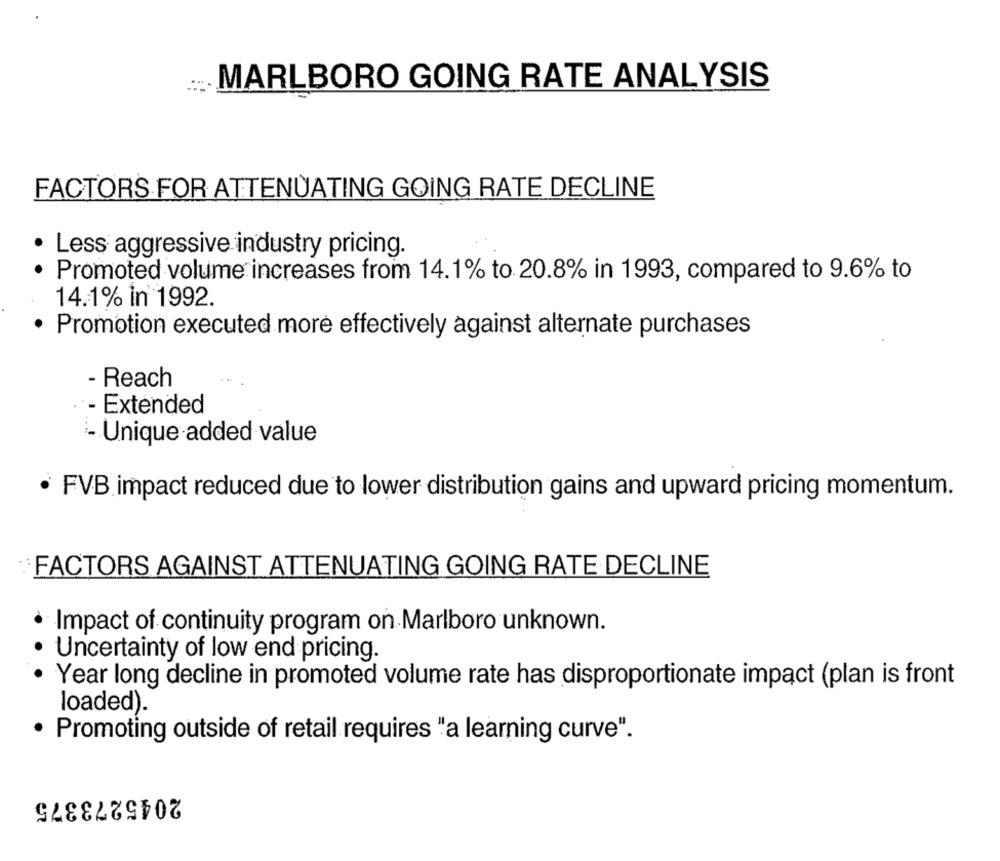
MARLBORO GOING RATE ANALYSIS
FACTORS FOR ATTENUATING GOING RATE DECLINE
· Less aggressive industry pricing.
Promoted volume increases from 14.1% to 20.8% in 1993, compared to 9.6% to
14.1% in 1992.
Promotion executed more effectively against alternate purchases
- Reach
- Extended
- Unique added value
· FVB impact reduced due to lower distribution gains and upward pricing momentum.
FACTORS AGAINST ATTENUATING GOING RATE DECLINE
Impact of continuity program on Marlboro unknown.
Uncertainty of low end pricing.
Year long decline in promoted volume rate has disproportionate impact (plan is front
loaded).
· Promoting outside of retail requires "a learning curve".
2045273375